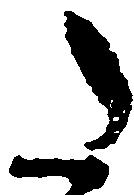
た